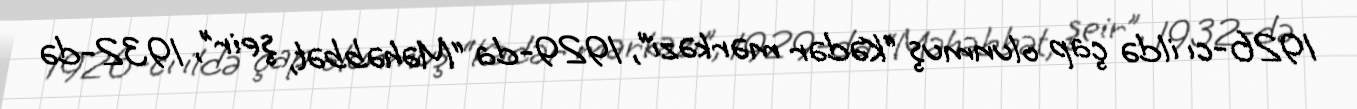
1926-cı ildə çap olunmuş “Kədər mərkəzi”, 1929-da “Məhəbbət, şeir”, 1932-də